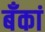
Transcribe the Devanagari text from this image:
बँकां